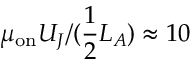
\mu _ { \mathrm { o n } } U _ { J } / ( \frac { 1 } { 2 } L _ { A } ) \approx 1 0